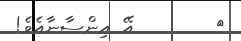
٦        އޭ އިންސާނާއެވެ!